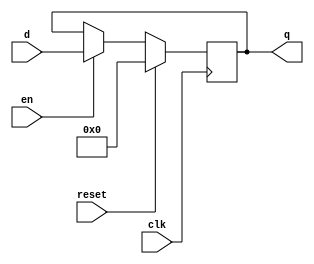
module xup_dff_en_reset_vector #(parameter SIZE = 4 , DELAY = 3)(
   input [SIZE-1:0] d,
   input clk,
   input en,
   input reset,
   output [SIZE-1:0] q
   );
   reg [SIZE-1:0] q;
   
   always @(posedge clk)
   begin 
       if(reset)
           q[SIZE-1:0] <= #DELAY 0;
       else if(en)
           q[SIZE-1:0] <= #DELAY d[SIZE-1:0];            
   end
   
endmodule